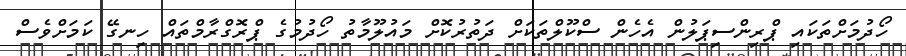
ހޯދުމަށްތަކައި ޕްރިންސިޕަލުން އެހެން ސްކޫލްތަކަށް ދަތުރުކޮށް މައުލޫމާތު ހޯދުމުގެ ޕްރޮގްރާމްތައް ހިނގޭ ކަމަށްވެސް